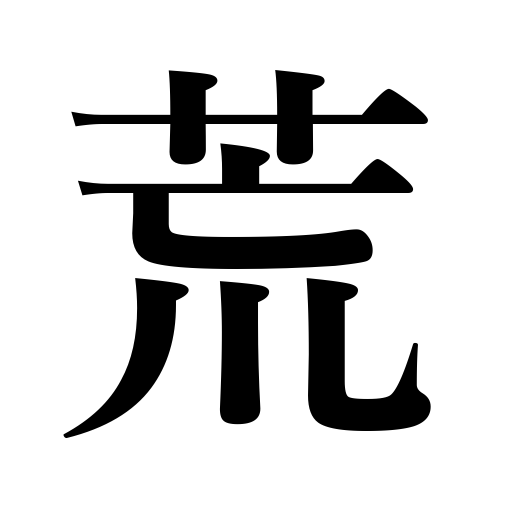
Meanings: rough,be ruined,become stormy,lay waste,get chapped,wild,rude,violent,gruff,fierce,harsh,tear around